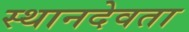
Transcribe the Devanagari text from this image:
स्थानदेवता